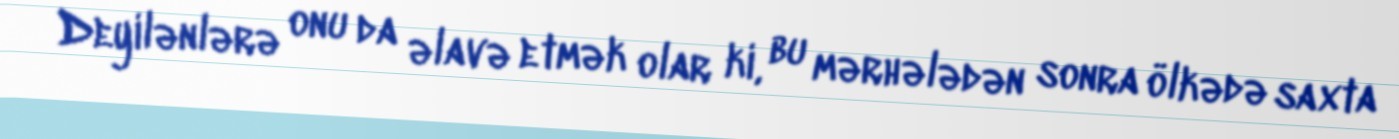
Deyilənlərə onu da əlavə etmək olar ki, bu mərhələdən sonra ölkədə saxta